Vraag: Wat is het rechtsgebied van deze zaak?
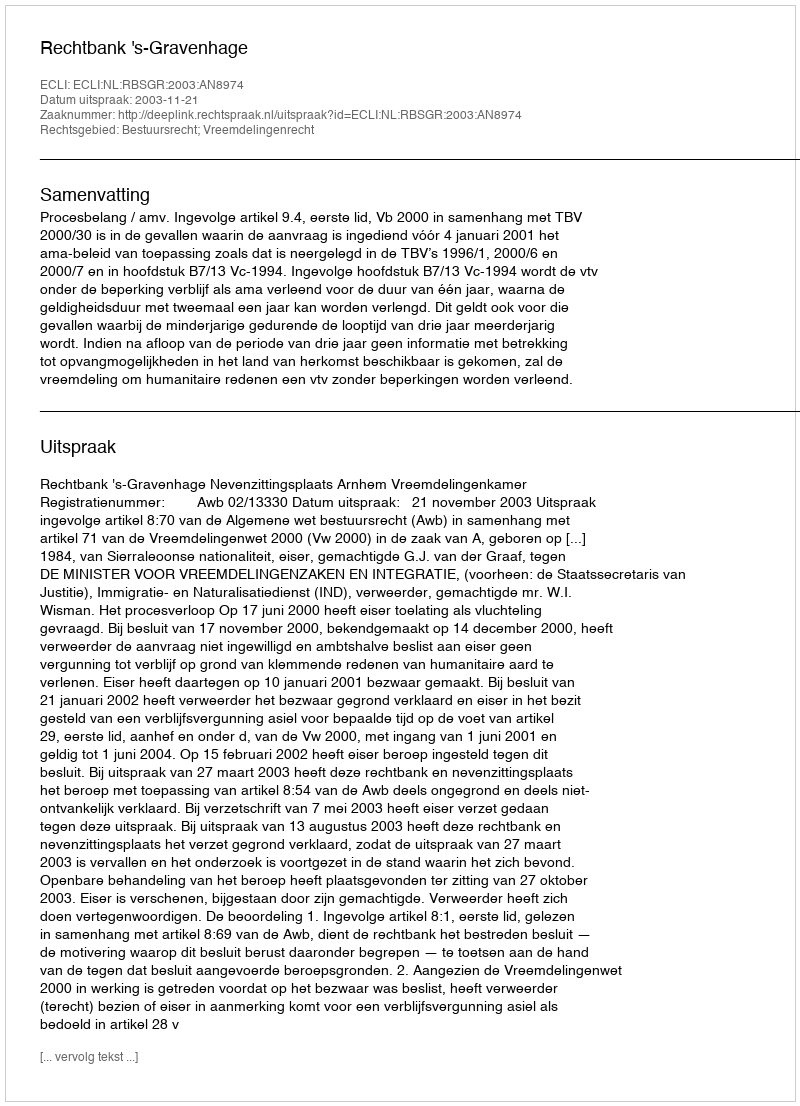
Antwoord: Bestuursrecht; Vreemdelingenrecht